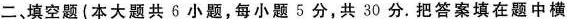
二，填空题(本大题共6小题，每小题5分，共30分。把答案填在题中横